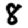
Digit: 8